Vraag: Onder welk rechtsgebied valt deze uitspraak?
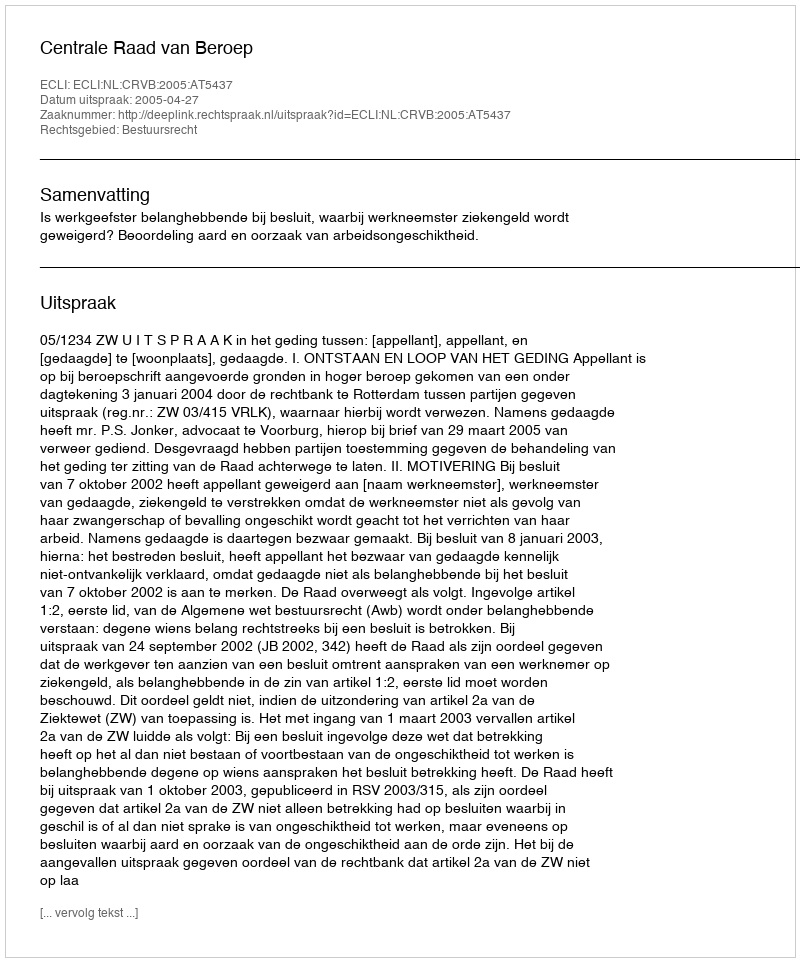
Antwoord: Bestuursrecht